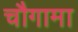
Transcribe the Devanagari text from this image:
चौगामा